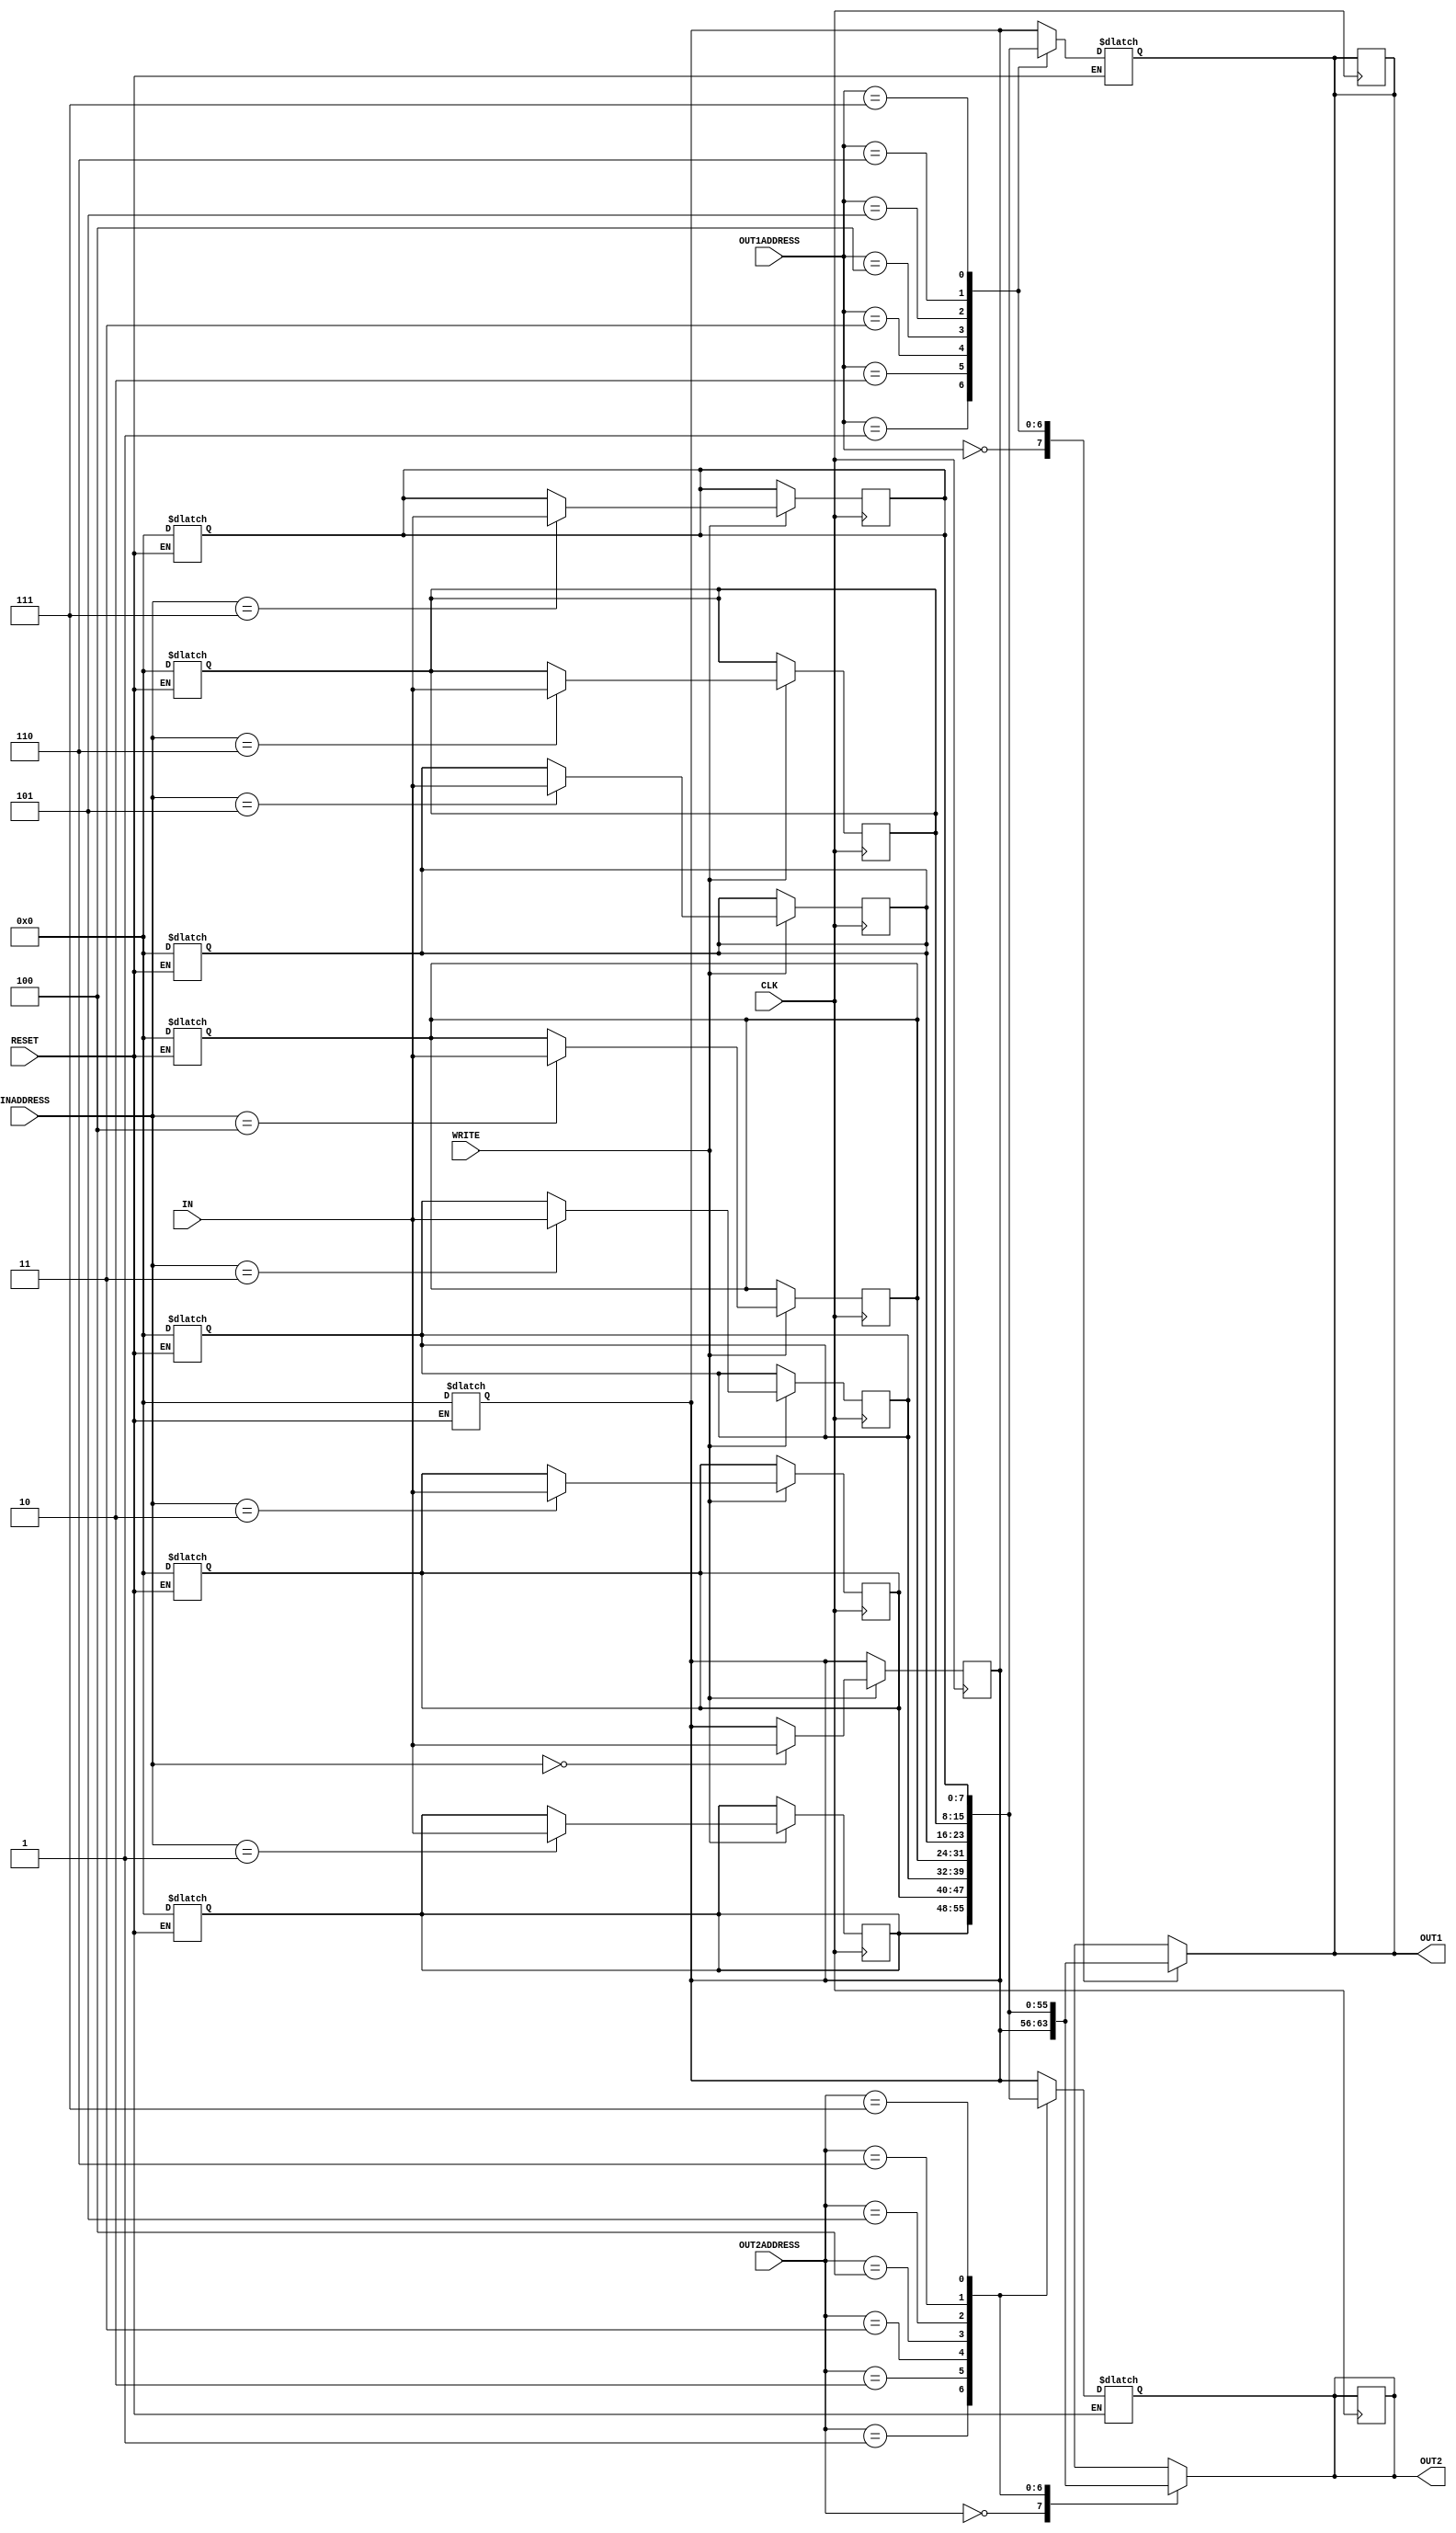
module reg_file(IN, OUT1, OUT2, INADDRESS, OUT1ADDRESS, OUT2ADDRESS, WRITE, CLK, RESET);

	input [7:0] IN;
    input [2:0] INADDRESS, OUT1ADDRESS, OUT2ADDRESS;    //3-bits to represent which register
    input CLK, RESET, WRITE; 
	output [7:0] OUT1, OUT2;
	
	reg OUT1, OUT2;		//specifies output result to a register
	
	//creates a register array
	reg [7:0] registers [7:0];		//8 seperate 8-bit registers
	
	
	//if there is any change in both or either of OUT1ADDRESS or OUT2ADDRESS, do this
	always @ (OUT1ADDRESS, OUT2ADDRESS)
	begin
		
		// 2 time units read delay
		#2	
		OUT1 = registers[OUT1ADDRESS];		//OUT1ADDRESS is read and the value is loaded onto OUT1
		OUT2 = registers[OUT2ADDRESS];		//OUT2ADDRESS is read and the value is loaded onto OUT2
		
	end
	
	
	//if there is any change in RESET, do this
	always @ (RESET)
	begin
		if(RESET == 1'b1)begin
			
			#2	// 2 time units write delay
			registers[0] <= 8'b0;
			registers[1] <= 8'b0;
			registers[2] <= 8'b0;
			registers[3] <= 8'b0;
			registers[4] <= 8'b0;
			registers[5] <= 8'b0;
			registers[6] <= 8'b0;
			registers[7] <= 8'b0;
			
			#2	// 2 time units read delay
			OUT1 = registers[OUT1ADDRESS];		//OUT1ADDRESS is read and the value is loaded onto OUT1
			OUT2 = registers[OUT2ADDRESS];		//OUT2ADDRESS is read and the value is loaded onto OUT2
			
		end
	end

	
	//if the CLK is on it's positive edge, do this
	always @ (posedge CLK)
	begin	
		
			if(WRITE == 1'b1)begin
			
				// 2 time units write delay
				#2
				registers[INADDRESS] <= IN;		 //makes the data present on the IN port (from the instruction that just completed) 
												 //writes it to the input register specified by the INADDRESS
												 
				// 2 time units read delay
				#2									
				OUT1 <= registers[OUT1ADDRESS];		//OUT1ADDRESS is read and the value is loaded onto OUT1
				OUT2 <= registers[OUT2ADDRESS];		//OUT2ADDRESS is read and the value is loaded onto OUT2
			
			end
		
		
	end

endmodule